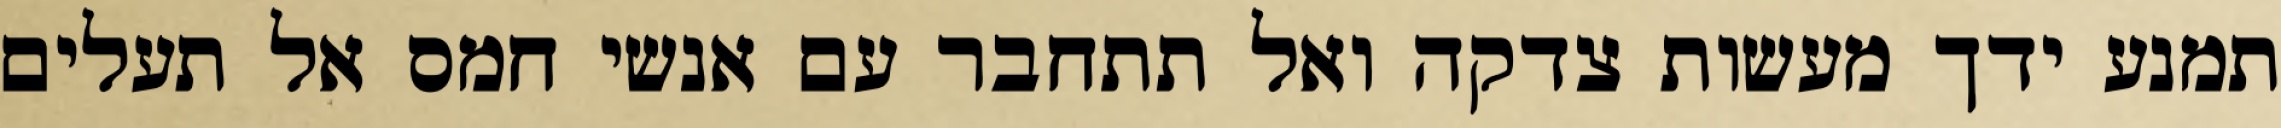
תמנע ידך מעשות צדקה ואל תתחבר עם אנשי חמס אל תעלים